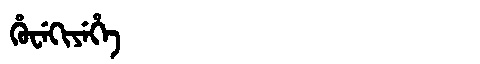
Manchu: ᡥᡠᠸᡝᡴᡳᠶᡝᡥᡝ
Romanization: HUWEKIYEHE